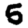
Digit: 5